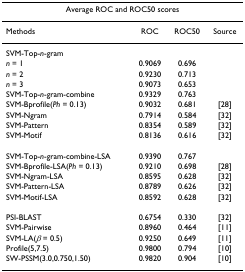
<table><thead><tr><td colspan="4"><b>Average ROC and ROC50 scores</b></td></tr></thead><tbody><tr><td>Methods</td><td>ROC</td><td>ROC50</td><td>Source</td></tr><tr><td>SVM-Top-<i>n</i>-gram</td><td></td><td></td><td></td></tr><tr><td><i>n </i>= 1</td><td>0.9069</td><td>0.696</td><td></td></tr><tr><td><i>n </i>= 2</td><td>0.9230</td><td>0.713</td><td></td></tr><tr><td><i>n </i>= 3</td><td>0.9073</td><td>0.653</td><td></td></tr><tr><td>SVM-Top-<i>n</i>-gram-combine</td><td>0.9329</td><td>0.763</td><td></td></tr><tr><td>SVM-Bprofile(<i>Ph </i>= 0.13)</td><td>0.9032</td><td>0.681</td><td>[28]</td></tr><tr><td>SVM-Ngram</td><td>0.7914</td><td>0.584</td><td>[32]</td></tr><tr><td>SVM-Pattern</td><td>0.8354</td><td>0.589</td><td>[32]</td></tr><tr><td>SVM-Motif</td><td>0.8136</td><td>0.616</td><td>[32]</td></tr><tr><td>SVM-Top-<i>n</i>-gram-combine-LSA</td><td>0.9390</td><td>0.767</td><td></td></tr><tr><td>SVM-Bprofile-LSA(<i>Ph </i>= 0.13)</td><td>0.9210</td><td>0.698</td><td>[28]</td></tr><tr><td>SVM-Ngram-LSA</td><td>0.8595</td><td>0.628</td><td>[32]</td></tr><tr><td>SVM-Pattern-LSA</td><td>0.8789</td><td>0.626</td><td>[32]</td></tr><tr><td>SVM-Motif-LSA</td><td>0.8592</td><td>0.628</td><td>[32]</td></tr><tr><td>PSI-BLAST</td><td>0.6754</td><td>0.330</td><td>[32]</td></tr><tr><td>SVM-Pairwise</td><td>0.8960</td><td>0.464</td><td>[11]</td></tr><tr><td>SVM-LA(<i>β </i>= 0.5)</td><td>0.9250</td><td>0.649</td><td>[11]</td></tr><tr><td>Profile(5,7.5)</td><td>0.9800</td><td>0.794</td><td>[10]</td></tr><tr><td>SW-PSSM(3.0,0.750,1.50)</td><td>0.9820</td><td>0.904</td><td>[10]</td></tr></tbody></table>